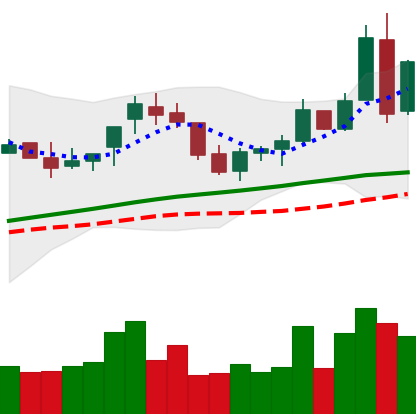
Ticker: BNB-USD
Chart end date: 2018-04-26
Forward return: -3.339%
Label: down_3_5